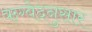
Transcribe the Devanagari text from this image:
ऋग्वेदनुसार